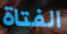
الفتاة